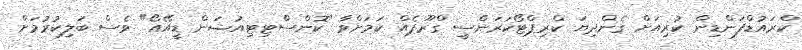
ކްރައުޑްފަންޑިން ކުރިއަށް ގެންދިޔަ ކްރިޕްޓޯކަރަންސީ ގްރޫޕެއް ކަމަށްވާ "ކޮންސްޓިޓިއުޝަން ޑީއޭއޯ" ވެސް ބަލިކުރުމަށް